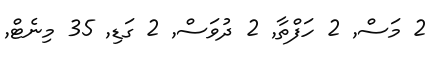
2 މަސް